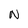
Character: N